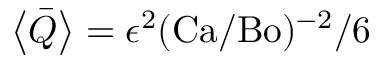
\left< \bar { Q } \right> = \epsilon ^ { 2 } ( \mathrm { C a } / \mathrm { B o } ) ^ { - 2 } / 6